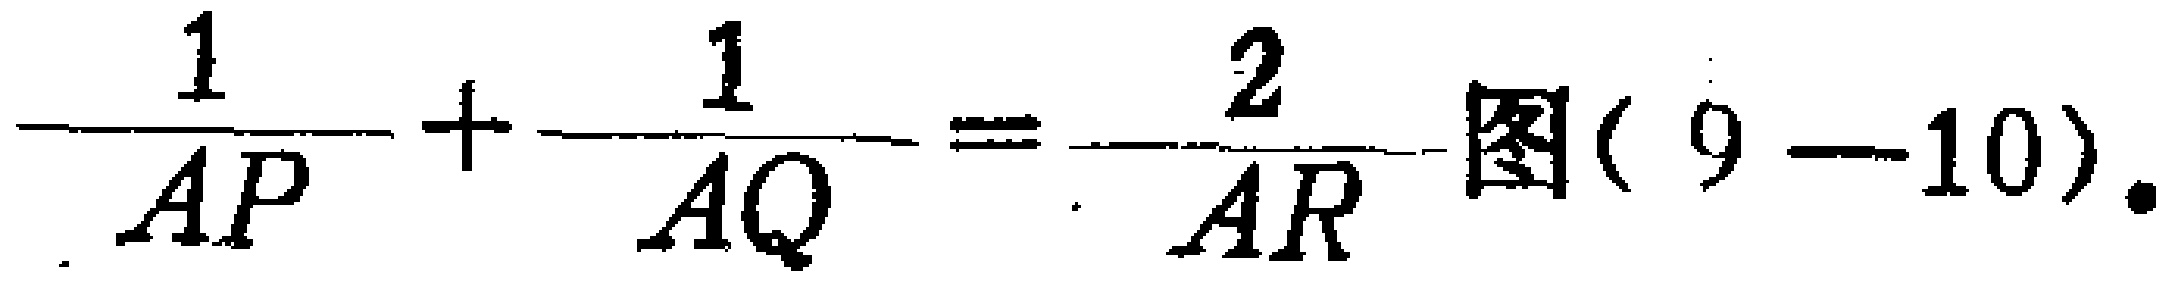
\(\frac{1}{AP}+\frac{1}{AQ}=\frac{2}{AR}\text{图}(9 - 10).\)